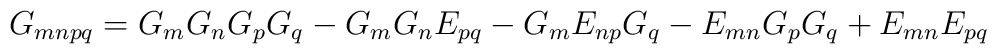
G_{mnpq} = G_{m}G_{n}G_{p}G_{q} - G_{m}G_{n}E_{pq}-G_{m}E_{np}G_{q} - E_{mn}G_{p}G_{q} + E_{mn}E_{pq}